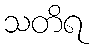
သတိရ